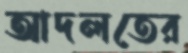
আদলতের